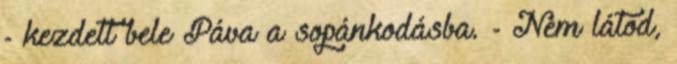
- kezdett bele Páva a sopánkodásba. - Nem látod,